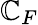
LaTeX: \mathbb{C}_{F}